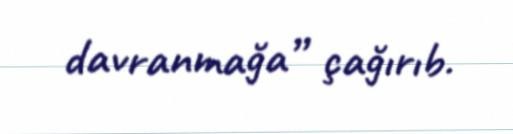
davranmağa” çağırıb.